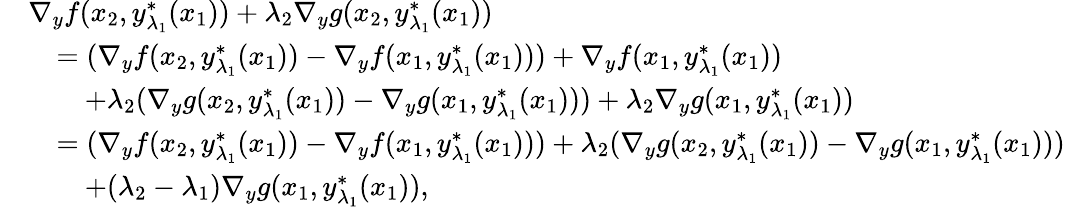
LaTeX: \begin{array}{rl}&{\nabla_{y}f(x_{2},y_{\lambda_{1}}^{*}(x_{1}))+\lambda_{2}\nabla_{y}g(x_{2},y_{\lambda_{1}}^{*}(x_{1}))}\\ &{\quad=(\nabla_{y}f(x_{2},y_{\lambda_{1}}^{*}(x_{1}))-\nabla_{y}f(x_{1},y_{\lambda_{1}}^{*}(x_{1})))+\nabla_{y}f(x_{1},y_{\lambda_{1}}^{*}(x_{1}))}\\ &{\qquad+\lambda_{2}(\nabla_{y}g(x_{2},y_{\lambda_{1}}^{*}(x_{1}))-\nabla_{y}g(x_{1},y_{\lambda_{1}}^{*}(x_{1})))+\lambda_{2}\nabla_{y}g(x_{1},y_{\lambda_{1}}^{*}(x_{1}))}\\ &{\quad=(\nabla_{y}f(x_{2},y_{\lambda_{1}}^{*}(x_{1}))-\nabla_{y}f(x_{1},y_{\lambda_{1}}^{*}(x_{1})))+\lambda_{2}(\nabla_{y}g(x_{2},y_{\lambda_{1}}^{*}(x_{1}))-\nabla_{y}g(x_{1},y_{\lambda_{1}}^{*}(x_{1})))}\\ &{\qquad+(\lambda_{2}-\lambda_{1})\nabla_{y}g(x_{1},y_{\lambda_{1}}^{*}(x_{1})),}\end{array}